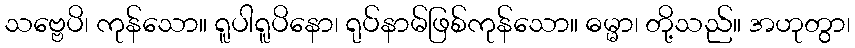
သဗ္ဗေပိ၊ ကုန်သော။ ရူပါရူပိနော၊ ရုပ်နာမ်ဖြစ်ကုန်သော။ ဓမ္မာ၊ တို့သည်။ အဟုတွာ၊